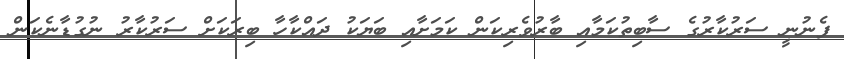
ފެނުނީ ސަރުކާރުގެ ސާބިތުކަމާއި ބާރުވެރިކަން ކަމަށާއި ބަޔަކު ދައްކާހާ ބިރަކަށް ސަރުކާރު ނުގުޑާނެކަން